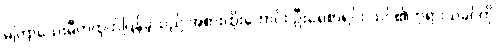
မကြာသေးမီကထုတ်ပြန်ခဲ့သည် အစားထိုးကောင်း ဦးရေစာရင်း သင်၏ဘုရားသခင်ကို